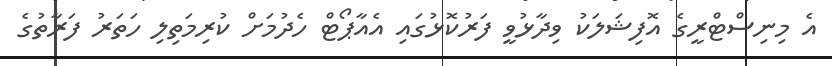
އެ މިނިސްޓްރީގެ އޮފިޝަލަކު ވިދާޅުވީ ފަރުކޮޅުގައި އެއާޕޯޓް ހެދުމަށް ކުރިމަތިލި ހަތަރު ފަރާތުގެ